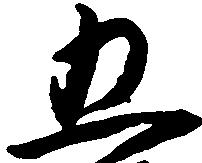
五